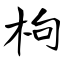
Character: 枸